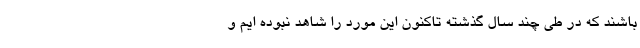
باشند که در طی چند سال گذشته تاکنون این مورد را شاهد نبوده ایم و